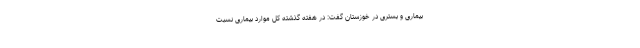
بیماری و بستری در خوزستان گفت: در هفته گذشته کل موارد بیماری نسبت